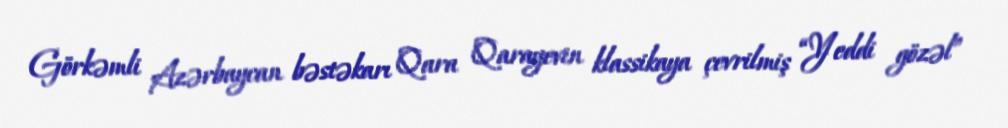
Görkəmli Azərbaycan bəstəkarı Qara Qarayevin klassikaya çevrilmiş “Yeddi gözəl”